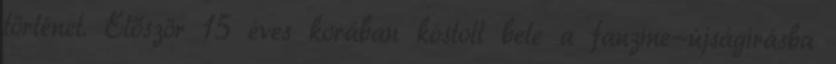
történet. Először 15 éves korában kóstolt bele a fanzine-újságírásba